Senior Leaving Certificate Examination (including Day School Certificate (Higher) General paper), 1950
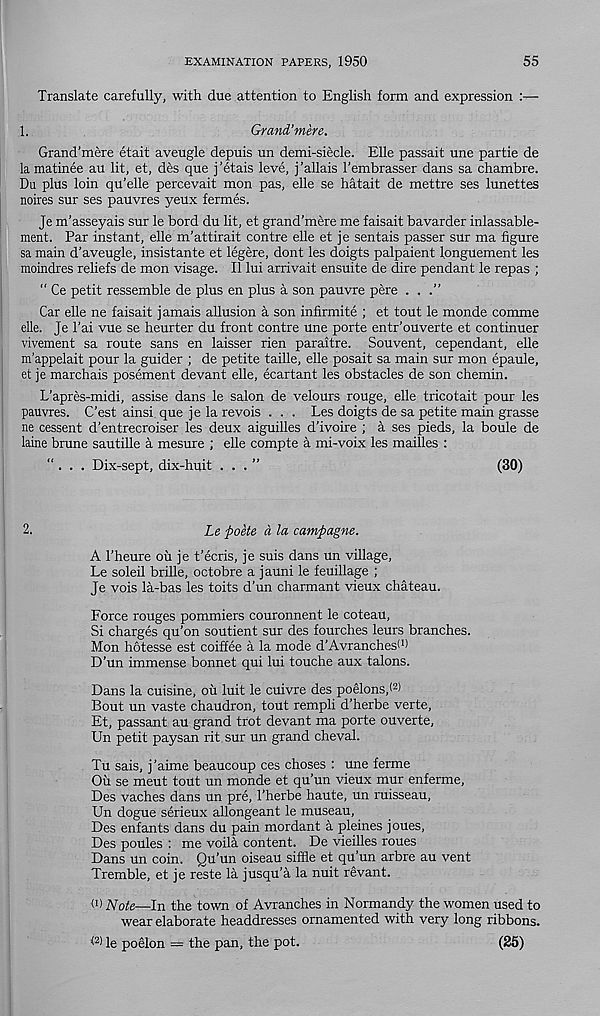
EXAMINATION PAPERS, 1950
55
Translate carefully, with due attention to English form and expression :—
1.
Grand’mere.
Grand’mere etait aveugle depuis un demi-siecle. Elle passait une partie de
la matinee au lit, et, des que j’etais leve, j’allais I’embrasser dans sa chambre.
Du plus loin qu’elle percevait mon pas, elle se hatait de mettre ses lunettes
noires sur ses pauvres yeux fermes.
Je m’asseyais sur le bord du lit, et grand’mere me faisait bavarder inlassable-
ment. Par instant, elle m’attirait centre elle et je sentais passer sur ma figure
sa main d’aveugle, insistante et legere, dont les doigts palpaient longuement les
moindres reliefs de mon visage. II lui arrivait ensuite de dire pendant le repas ;
“ Ce petit ressemble de plus en plus a son pauvre pere ...”
Car elle ne faisait jamais allusion a son infirmite ; et tout le monde comme
elle. Je Tai vue se heurter du front centre une porte entr’ouverte et continuer
vivement sa route sans en laisser rien paraitre. Souvent, cependant, elle
m’appelait pour la guider ; de petite taille, elle posait sa main sur mon epaule,
et je marchais posement devant elle, ecartant les obstacles de son chemin.
L’apres-midi, assise dans le salon de velours rouge, elle tricotait pour les
pauvres. C’est ainsi que je la revois . . . Les doigts de sa petite main grasse
ne cessent d’entrecroiser les deux aiguilles d’Ivoire ; a ses pieds, la boule de
laine brune sautille a mesure ; elle compte a mi-voix les mailles :
“ . . . Dix-sept, dix-huit ...”
(30)
2.
Le poke d la campagne.
A 1’heure ou je t’ecris, je suis dans un village,
Le soleil brille, octobre a jauni le feuillage ;
Je vois la-bas les toits d’un charmant vieux chateau.
Force rouges pommiers couronnent le coteau,
Si charges qu’on soutient sur des fourches leurs branches.
Mon hotesse est coiffee a la mode d’Avranches (,)
D’un immense bonnet qui lui touche aux talons.
Dans la cuisine, ou luit le cuivre des poelonsj 2 )
Bout un vaste chaudron, tout rempli d’herbe verte,
Et, passant au grand trot devant ma porte ouverte,
Un petit paysan rit sur un grand cheval.
Tu sais, j’aime beaucoup ces choses : une ferme
Oil se meut tout un monde et qu’un vieux mur enferme,
Des vaches dans un pre, Therbe haute, un ruisseau,
Un dogue serieux allongeant le museau,
Des enfants dans du pain mordant a pleines joues,
Des poules : me voila content. De vieilles roues
Dans un coin. Qu’un oiseau siffle et qu’un arbre au vent
Tremble, et je reste la jusqu’a la nuit revant.
(i) Note—In the town of Avranches in Normandy the women used to
wear elaborate headdresses ornamented with very long ribbons.
<2) le poelon = the pan, the pot.
(25)